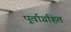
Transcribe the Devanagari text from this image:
पूर्वाग्रहित